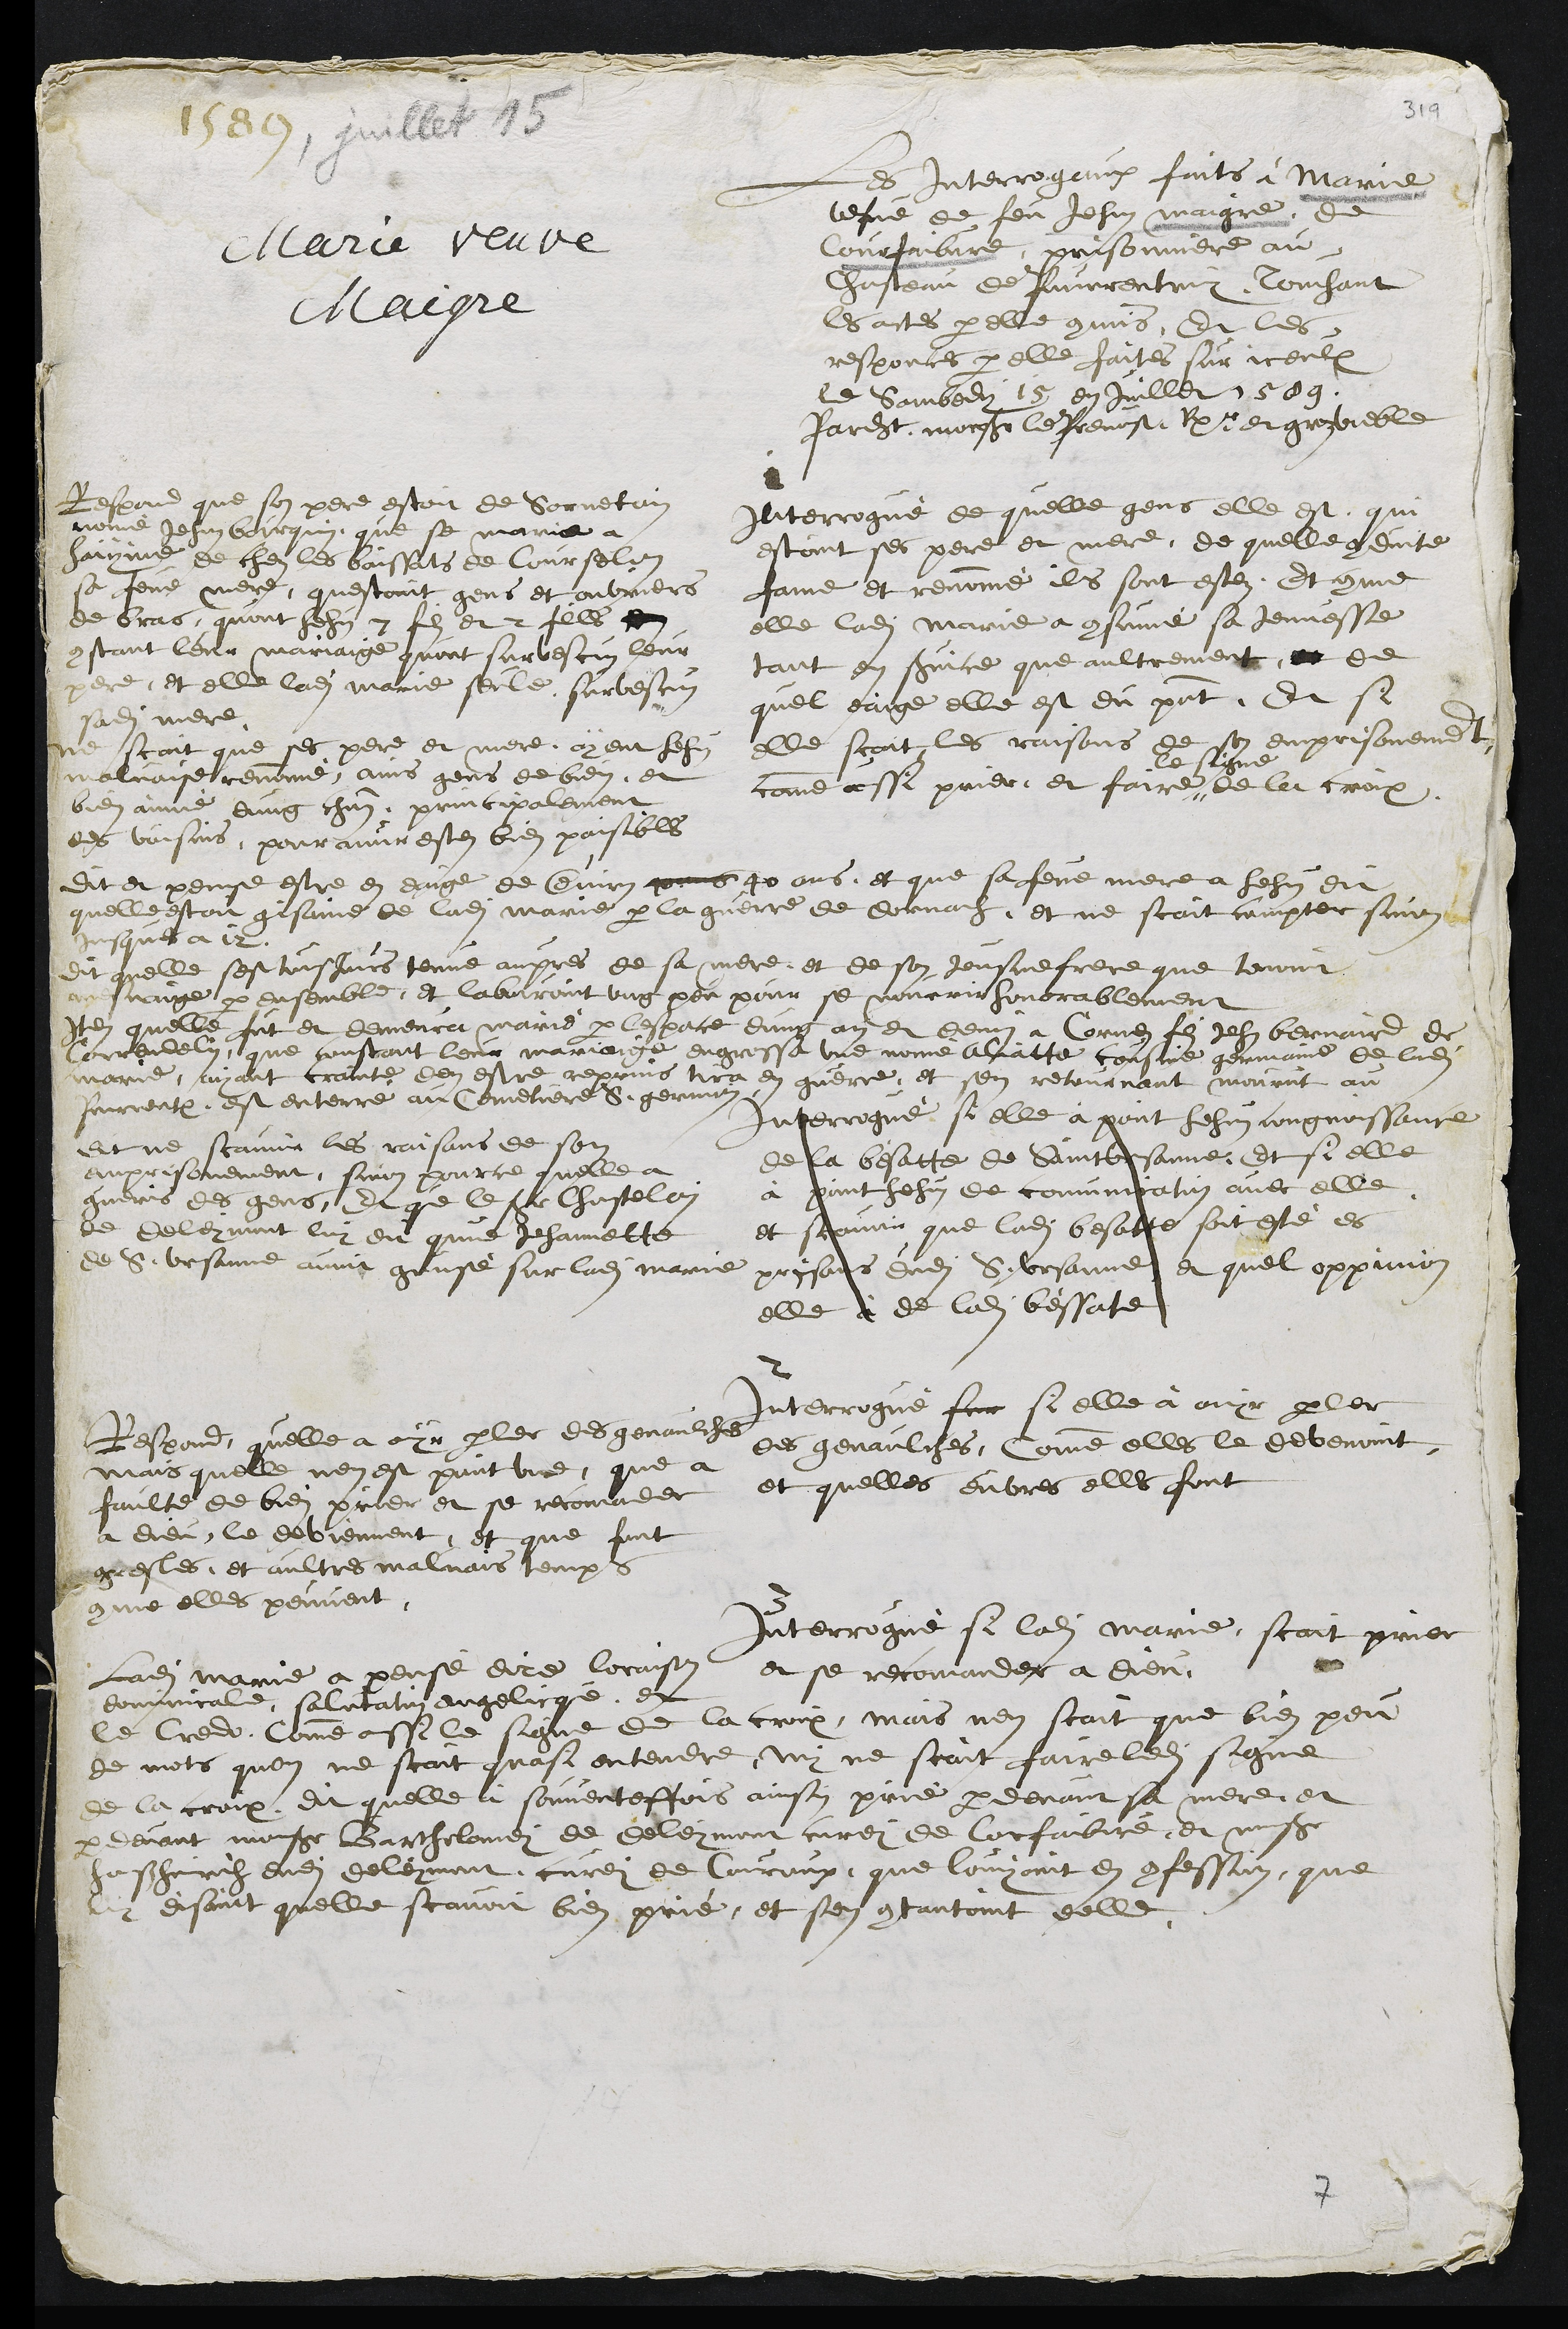
1589, juillet 15
Marie veuve
Maigre
Les Interrogaux faits à Marie
vefve de feu Jehan Maigre, de
Courfaibvre, prisonniere au
Chasteau de Pourrentruy touchant
les actes par elle commis, Et les
responces par elle faites sur iceulx
le sambedy 15 en juillet 1589.
pardevant monsieur le Prevost Rpr et groz voeble
Interrogue de quelle gens elle est qui
estoint ses pere et mere, de quelle conduite
fame et renommé ils sont estez. Et comme
elle ladite Marie a consumé sa Jeunesse
tant en service que aultrement, et de
quel eaige elle est du present, Et si
elle scait les raisons de son emprisonnement
comme aussi prier, et faire
le signe
de la croix.

Respond que son pere estoit de Sornetain
nommé Jehan bourquin, que se maria a
Laiynne de chez les baissats de Courselon
sa feue mere, questoint gens et ouvriers
de bras, quont hehus 7 fils et 2 filles en
constant leur mariaige quont survescus leur
pere, et elle ladite Marie seule survescus
sadite mere
ne scait que ses pere et mere ayent hehus
malvaise renommé, ains gens de bien, et
bien aimé dung chacun principalement
des voisins, pour avoir estes bien paisibles
dit et pense estre en eaige de environ 40 ans 40 ans, et que sa feue mere a hehu dit
quelle estoit gisaine de ladite Marie par la guerre de dornach et ne scait compter sinon
jusques a 12.
dit quelle sest tousjours tenue aupres de sa mere et de son Jeusne frere que tenoint
mesnaige par ensemble, et labouroint ung peu pour se nourrir honorablement
Item quelle fut et demeura marié par lespace dung an et demi a Cornes fils Jehan Bernaird de
Correndelin que constant leur mariaige engrossa une nomé Aliatte cousine germaine de ladite
marie, ayant crainte den estre reprins tira en guerre, et sen retournant mourut au
Pourrentruy, est enterré au cemetiere S. Germain
Interrogué si elle à point hehus congnoissance
de la besatte de Saint Ursanne, Et si elle
à point hehus de comunication avec elle
et scavoir que ladite besatte soit esté es
prisons dudit S. Ursanne et quel oppinion
elle à de ladite bessatte.
Dit ne scavoir les raisons de son
emprisonnement, sinon pource quelle a
gueris des gens, Et que le sieur Chastelain
de deleymont luy dit que Jehannette
de S. Ursanne avoit grusé sur ladite Marie
2
Interrogué sur si elle à ouyr parler
des genaulches, comme elles le devenoint
et quelles euvres elles font
Respond, quelle a ouyr parler des genaulche
mais quelle nen est point une, que a
faulte de bien prier et se recomander
a dieu, le deviennent, et que font
gresles et aultres malvais temps
comme elles peuvent
3
Interrogue si ladite Marie, scait prier
et se recomander a Dieu
Ladite Marie a pensé dire loraison
dominicale, salutation angelicque, et
le credo, comme aussi le signe de la croix, mais nen scait que bien peu
de mots quon ne scait quasi entendre, ny ne scait faire ledit signe
de la croix, dit quelle a souventeffois ainsy prie par devant sa mere et
par devant monsieur Bartholomey de Deleymont curey de Corfaibvre, et monsieur
Hanss Heinrich dudit deleymont, curey de Couroux, que louyoint en confession, que
luy disoint quelle scavoit bien prié, et sen contantoint delle,